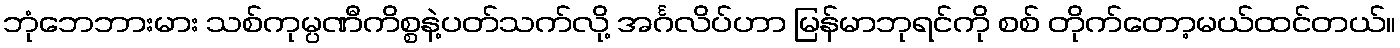
ဘုံဘေဘားမား သစ်ကုမ္ပဏီကိစ္စနဲ့ပတ်သက်လို့ အင်္ဂလိပ်ဟာ မြန်မာဘုရင်ကို စစ် တိုက်တော့မယ်ထင်တယ်။